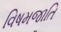
વિષમજાતિ